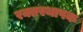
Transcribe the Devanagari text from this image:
रक्तस्थापक